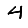
Digit: 4